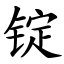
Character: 锭